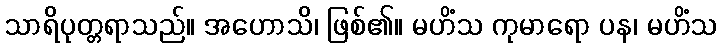
သာရိပုတ္တရာသည်။ အဟောသိ၊ ဖြစ်၏။ မဟိံသ ကုမာရော ပန၊ မဟိံသ